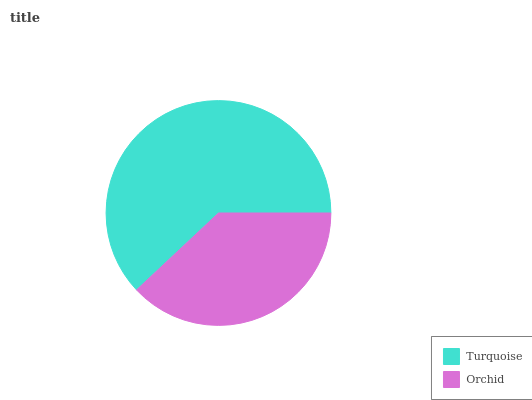
| Turquoise | Orchid |
 | --- | --- |
 | 62% | 38% |